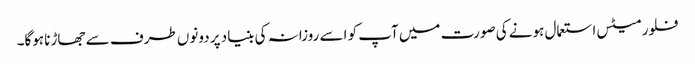
فلور میٹس استعمال ہونے کی صورت میں آپ کو اسے روزانہ کی بنیاد پر دونوں طرف سے جھاڑنا ہوگا۔